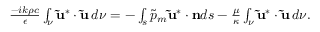
\begin{array} { r } { \frac { - i k \rho c } { \epsilon } \int _ { \nu } \mathbf { \tilde { u } } ^ { * } \cdot \mathbf { \tilde { u } } \, d \nu = - \int _ { s } \tilde { p } _ { m } \mathbf { \tilde { u } } ^ { * } \cdot \mathbf { n } d s - \frac { \mu } { \kappa } \int _ { \nu } \mathbf { \tilde { u } } ^ { * } \cdot \mathbf { \tilde { u } } \, d \nu . } \end{array}